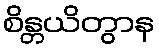
စိန္တယိတွာန